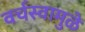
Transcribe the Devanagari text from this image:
वर्चस्वामुळे